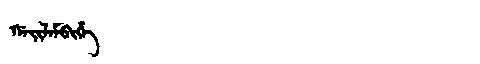
Manchu: ᡤᠠᡳᠯᠠᠮᠪᡳᡥᡝ
Romanization: GAILAMBIHE